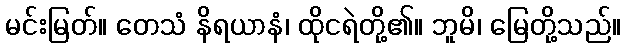
မင်းမြတ်။ တေသံ နိရယာနံ၊ ထိုငရဲတို့၏။ ဘူမိ၊ မြေတို့သည်။